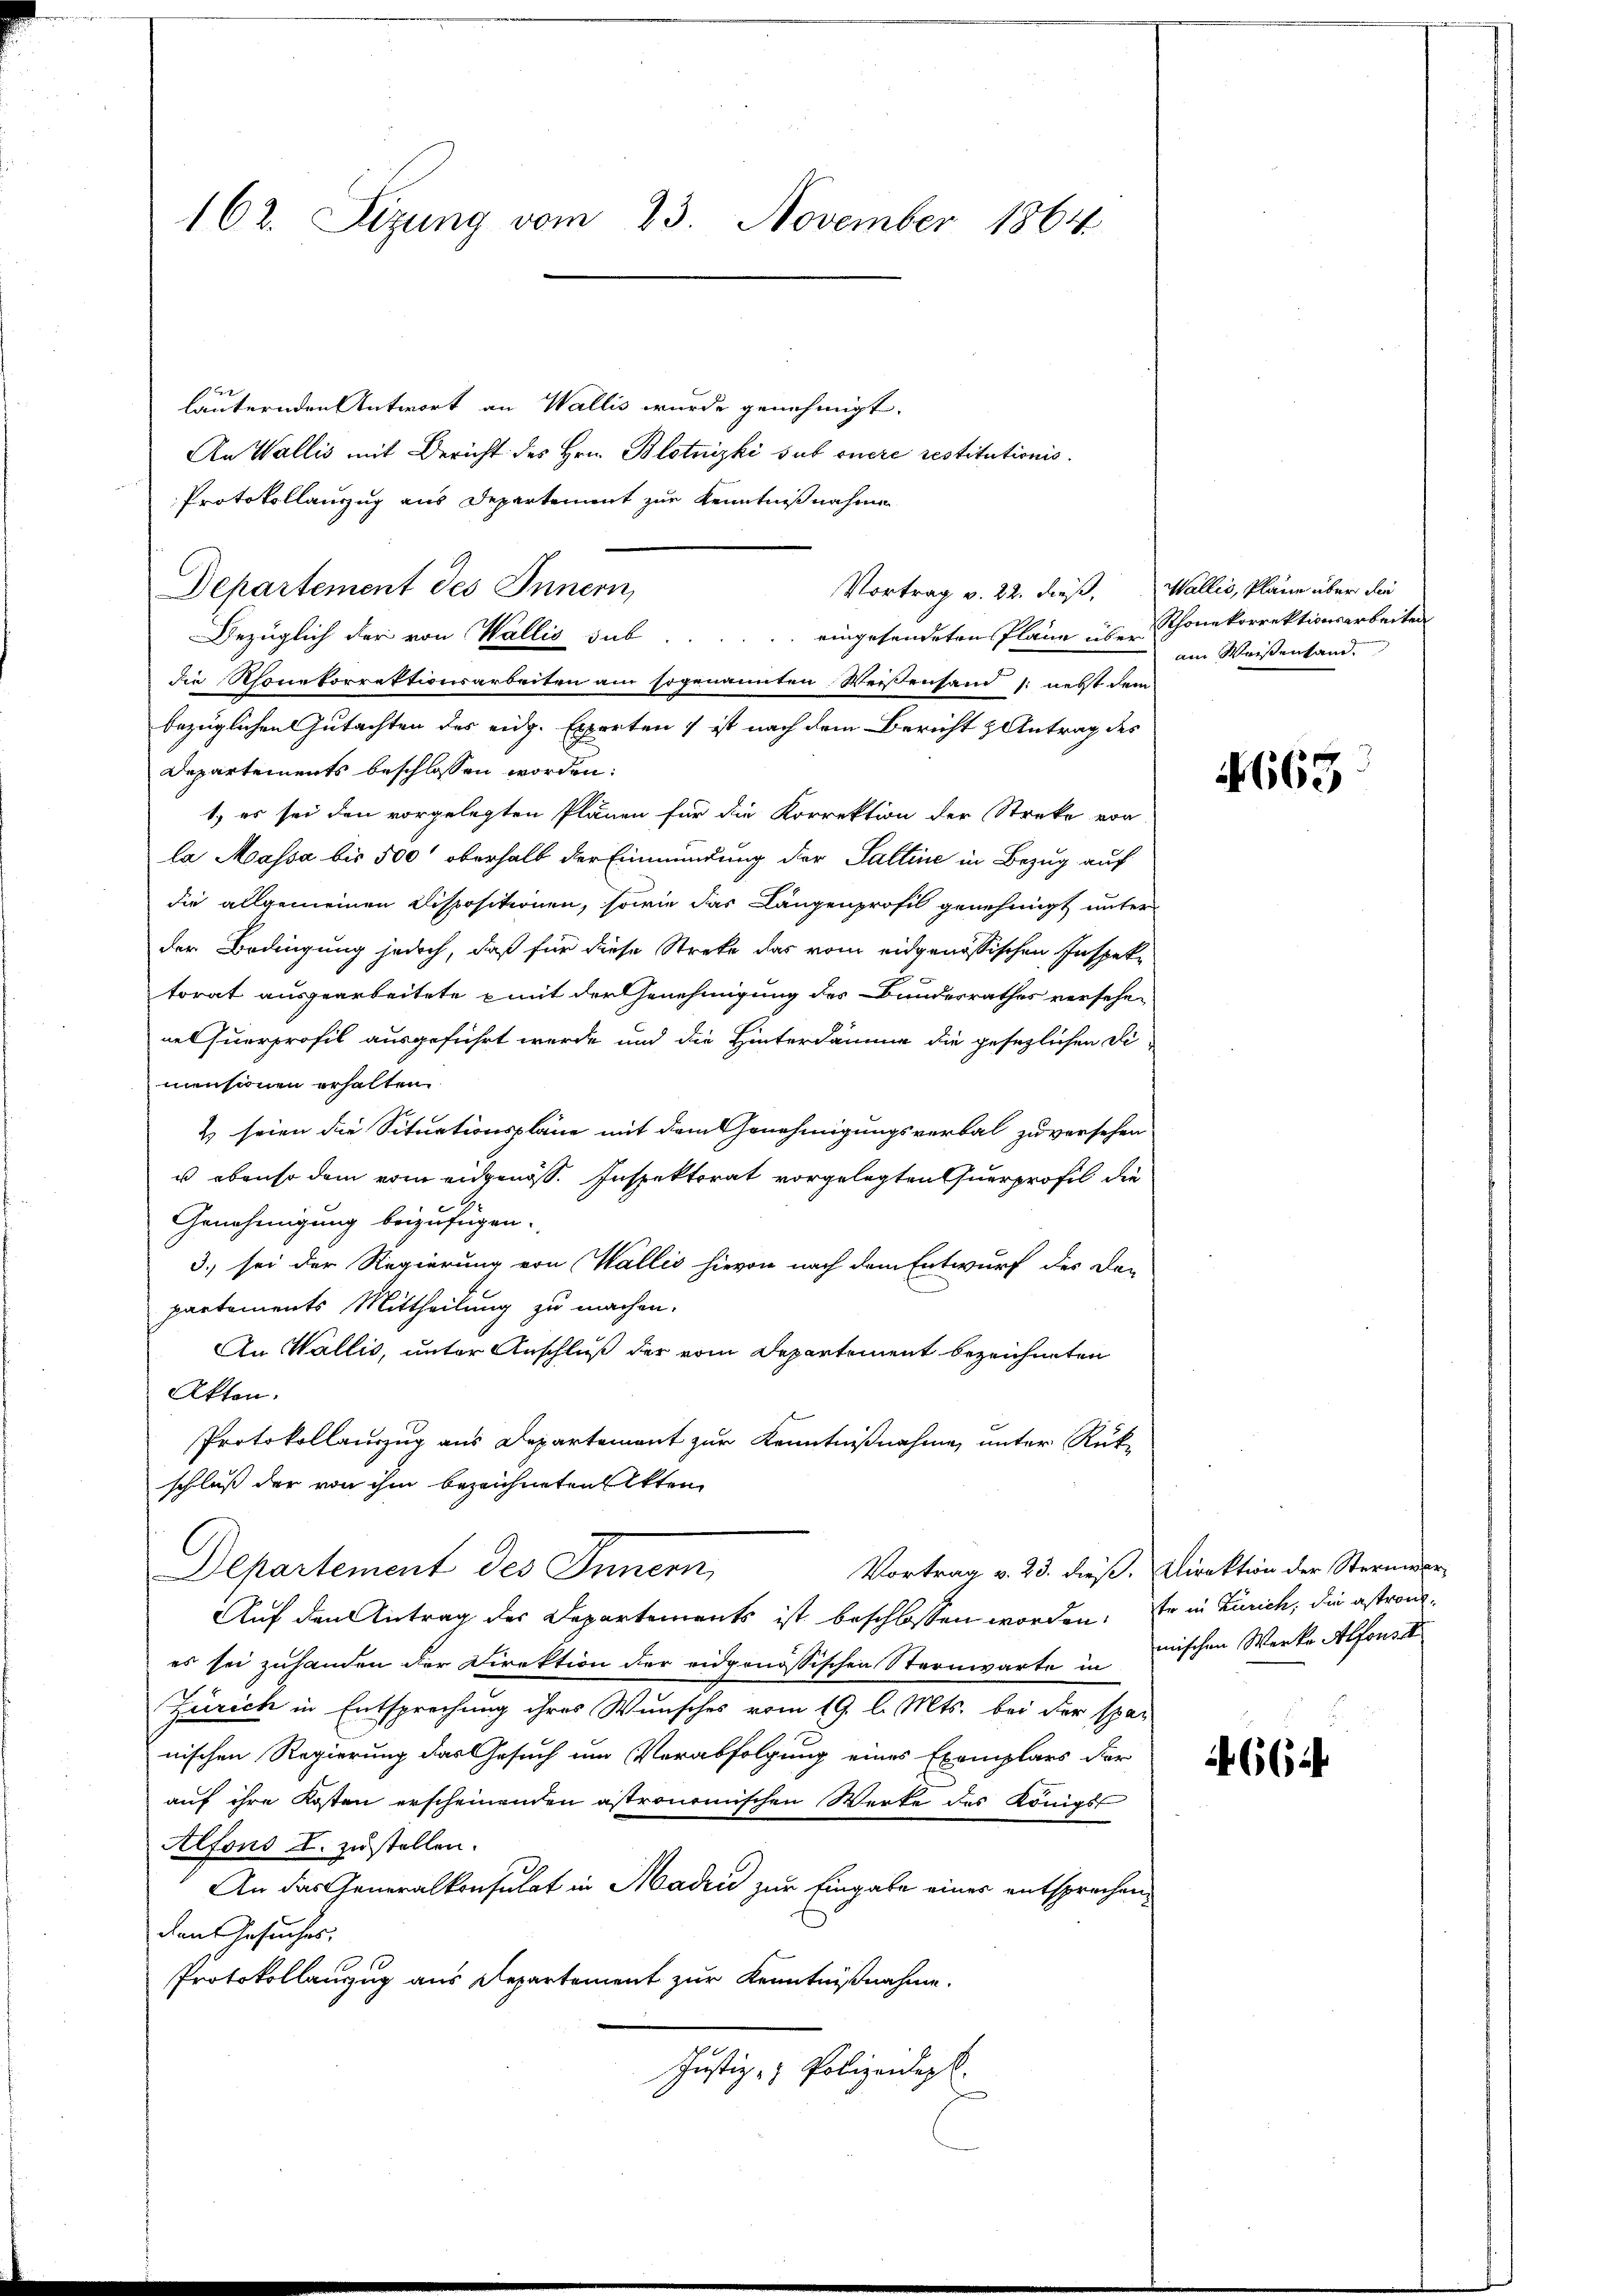
162. Sizung vom 23. November 1864

1
läuternden Antwort an Wallis wurde genehmigt.
An Wallis mit Bericht des Hrn. Blotnizki sub onere restitutionis.
Protokollauszug aus Departement zur Kenntnißnahmen
Departement des Innern,
Bezüglich der von Wallis sub. eingehendeten Pläne über Schonekorrektionsarbeiten
die Monekorrektionsarbeiten am sogenannten Weisenhand /: nebst dem
bezüglichen Gutachten des eidg. Experten ist nach dem Bericht & Antrag des
Departements beschlossen worden:
1.) es sei den vorgelegten Plänen für die Korrektion der Streke vor
la Massa bis 500' oberhalb der Einmündung der Saltine in Bezug auf
die allgemeinen Dispositionen, sowie das Längenprofil genehmigt unter
der Bedingung jedoch, daß für diese Streke das vom eidgenössischen Inspektorat ausgearbeitete mit der Genehmigung des Bundesrathes versehe-
nel Querprofil ausgeführt werde und die Hinterdämme die gesezlichen Di
mensionen erhalten
& seien die Situationspläne mit dem Genehmigungsverbal zu versehen
u ebenso dem vom eidgenöss. Inspektorat vorgelegten Querprofil die
Genehmigung beizufügen.
3.) sei der Regierung von Wallis hievon nach dem Entwurf der den
partements Mittheilung zu machen.
An Wallis, unter Anschluß der vom Departement bezeichneten
Akten.
Protokollauszug aus Departement zur Kenntnißnahme, unter Rück-
schluß der von ihm bezeichneten Akten
Departement des Innern,
Vortrag v. 23. dieß. Direktion der Sternier
Auf den Antrag der Departements ist beschlossen worden. Er in Zürich, die astrones sei zuhanden der Direktion der eidgenössischen Sternwarte in mischen Werke Alfonse
Zürich in Entsprechung ihres Wunsches vom 19. l. Mts. bei der spar
nischen Regierung das Gesuch um Verabfolgung eines Exemplars der
auf ihre Kosten erscheinenden astronomischen Werke des Königst
Alfons I. zustellen.
An das Generalkonsulat in Madrić zur Eingabe eines entsprechen
den Gesuches.
Protokollanzug aus Departement zur Kenntnißnahme.
Justiz- & Polizeidept.

Vortrag v. 22. dieß, Wallis, Pläne über die

am Weisenhand

4663

664